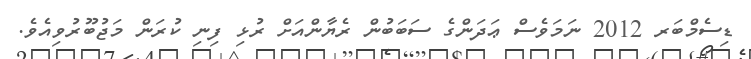
ޑިސެމްބަރ 2012 ނަމަވެސް ޢަދަންގެ ސަބަބުން ރެޔާންއަށް ރުޅި ފިނި ކުރަން މަޖުބޫރުވިއެވެ.